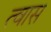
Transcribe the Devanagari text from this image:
त्वास